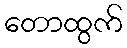
တောထွက်